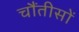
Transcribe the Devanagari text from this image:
चौंतीसों